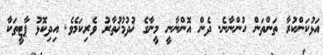
އަޅުކަންކުރާ ތަންތަން ހުންނާނެ. ދެން އޮންނާނީ މީނާގެ ޚުދުމުޚުތާރު ވެރިކަމެވެ. އިދިކޮޅު ޕާޓީތަކާ